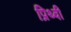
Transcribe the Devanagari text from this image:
प्रिथ्वी